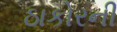
ઠાકોરની